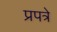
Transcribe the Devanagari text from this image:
प्रपत्रे